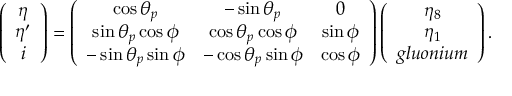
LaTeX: \left( \begin{array} { c } { { \eta } } \\ { { \eta ^ { \prime } } } \\ { { i } } \end{array} \right) = \left( \begin{array} { c c c c } { { \cos { \theta _ { p } } } } & { { - \sin { \theta _ { p } } } } & { { 0 } } \\ { { \sin { \theta _ { p } } \cos { \phi } } } & { { \cos { \theta _ { p } } \cos { \phi } } } & { { \sin { \phi } } } \\ { { - \sin { \theta _ { p } } \sin { \phi } } } & { { - \cos { \theta _ { p } } \sin { \phi } } } & { { \cos { \phi } } } \end{array} \right) \left( \begin{array} { c } { { \eta _ { 8 } } } \\ { { \eta _ { 1 } } } \\ { { g l u o n i u m } } \end{array} \right) .